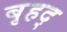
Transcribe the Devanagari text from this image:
बृहद्‌